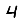
Digit: 4